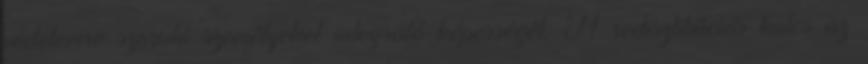
védelemre szoruló személyeket integráló képességét. A redisztibúciós kulcs az